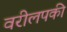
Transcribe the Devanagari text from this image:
वरीलपकी